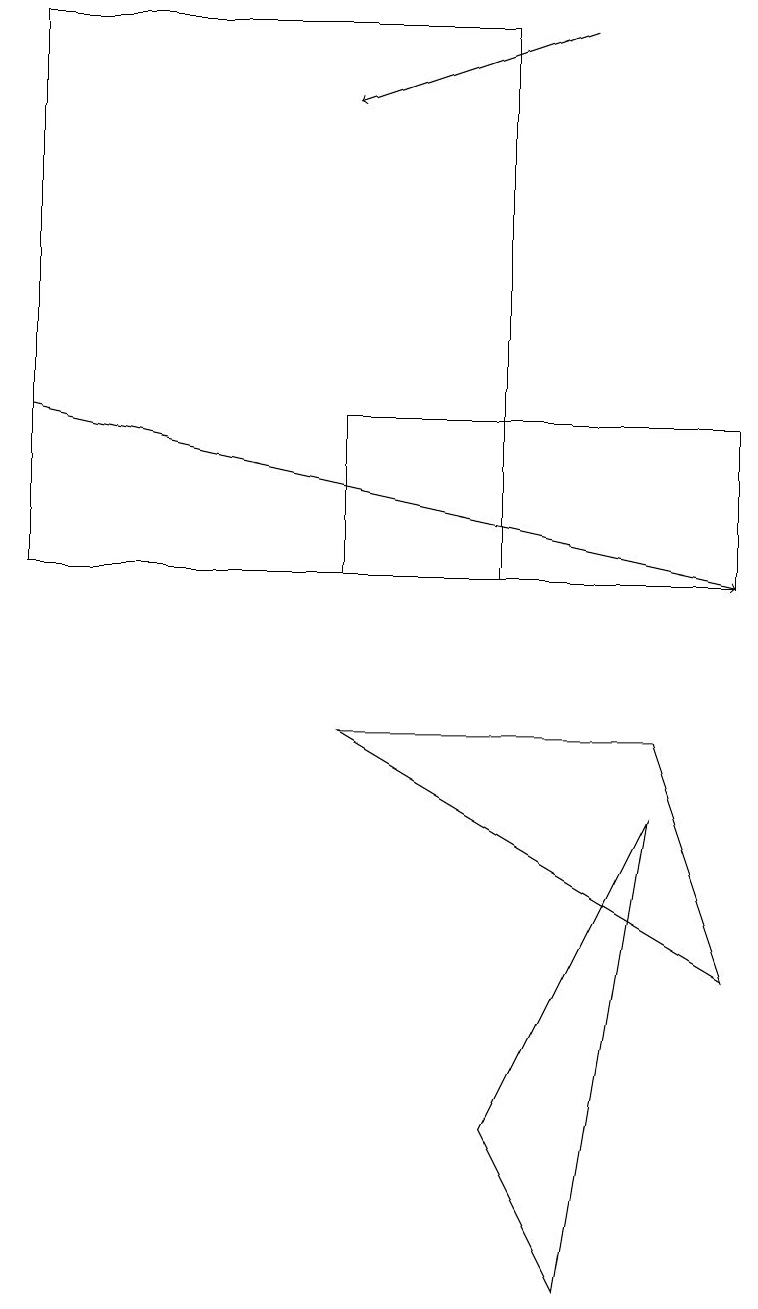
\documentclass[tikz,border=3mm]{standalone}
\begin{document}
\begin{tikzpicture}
\draw (6,17) rectangle (0,10);
\draw (6,3) -- (8,7) -- (7,1) -- cycle;
\draw (4,12) rectangle (9,10);
\draw[->] (0,12) -- (9,10);
\draw[->] (7,17) -- (4,16);
\draw (4,8) -- (8,8) -- (9,5) -- cycle;
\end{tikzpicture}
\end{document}